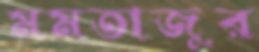
মমতাজুর